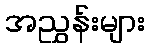
အညွှန်းများ